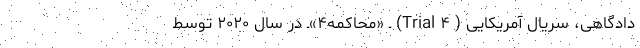
دادگاهی، سریال آمریکایی ( Trial ۴) ـ «محاکمه۴»ـ در سال ۲۰۲۰ توسط